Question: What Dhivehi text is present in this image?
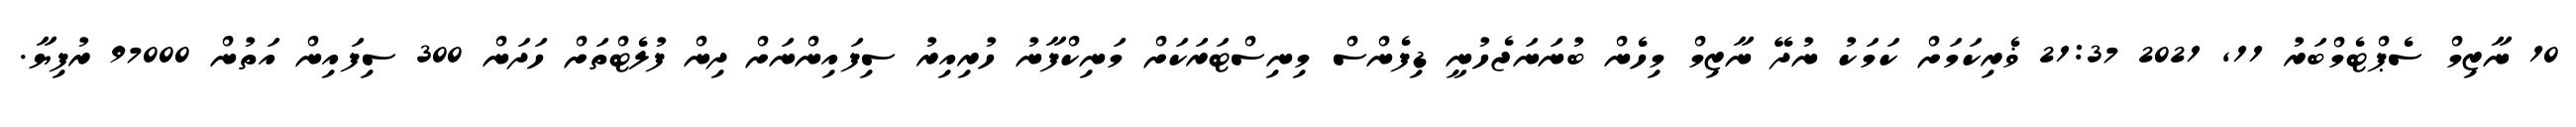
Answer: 10 ނާޒިމް ސެޕްޓެމްބަރު 11, 2021 21:37 ޥެރިކަމަށް ކަމަކު ނުދޭ ނާޒިމް މިހެން ބުނަނަޖެހުނީ ޑިފެންސް މިނިސްޓަރަކަށް މަނިކްފާނު ހުރިއިރު ސިފައިންނަށް ދިން ފުލެޓްތަށް ހަދަން 300 ސިފައިން އަތުން 97000 ރުފިޔާ.